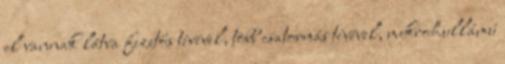
el vannak látva fizetős tévével, több csatornás tévével, mikrohullámú